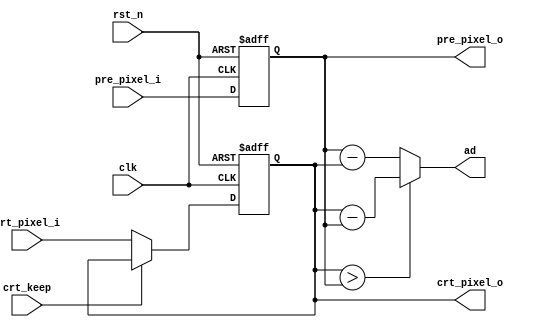
module pe (input wire clk,
           input wire rst_n,
           input wire crt_keep,
           input wire [8-1:0] crt_pixel_i,
           input wire [8-1:0] pre_pixel_i,
           output wire [8-1:0] crt_pixel_o,
           output wire [8-1:0] pre_pixel_o,
           output wire [8-1:0] ad);
    
    //
    reg [8-1:0] crt_pixel_cal;
    always @(posedge clk or negedge rst_n) begin
        if (!rst_n) crt_pixel_cal <= 0;

        else begin
            if(crt_keep == 0) crt_pixel_cal <= crt_pixel_i;
            else crt_pixel_cal <= crt_pixel_cal;
        end
    
    end

    //
    reg [8-1:0] pre_pixel_cal;
    always @(posedge clk or negedge rst_n) begin
        if (!rst_n) pre_pixel_cal <= 0;

        else pre_pixel_cal <= pre_pixel_i;

    end

    //AD
    assign ad = (crt_pixel_cal > pre_pixel_cal)
               ?(crt_pixel_cal - pre_pixel_cal)
               :(pre_pixel_cal - crt_pixel_cal);

    //
    assign crt_pixel_o = crt_pixel_cal;

    //
    assign pre_pixel_o = pre_pixel_cal;

endmodule